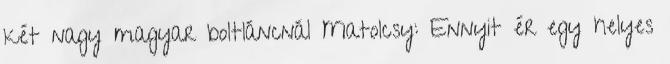
két nagy magyar boltláncnál Matolcsy: Ennyit ér egy helyes